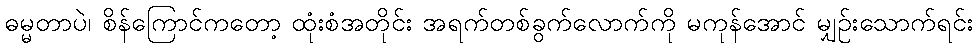
ဓမ္မတာပဲ၊ စိန်ကြောင်ကတော့ ထုံးစံအတိုင်း အရက်တစ်ခွက်လောက်ကို မကုန်အောင် မျှဉ်းသောက်ရင်း